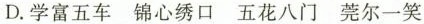
D.学富五车 锦心绣口 五花八门 莞尔一笑